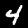
Digit: 4